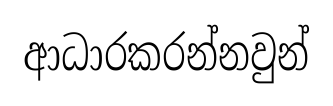
ආධාරකරන්නවුන්